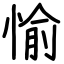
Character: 愉